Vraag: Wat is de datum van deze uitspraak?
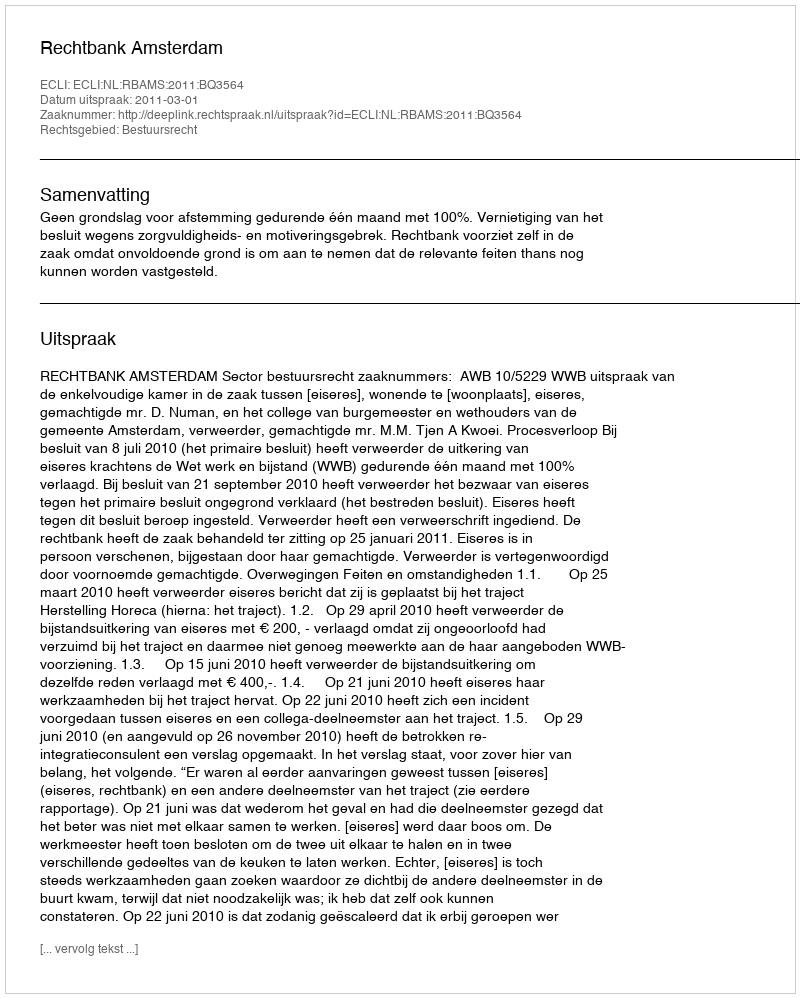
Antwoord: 2011-03-01